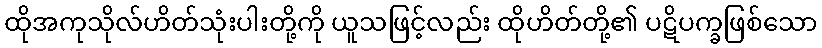
ထိုအကုသိုလ်ဟိတ်သုံးပါးတို့ကို ယူသဖြင့်လည်း ထိုဟိတ်တို့၏ ပဋိပက္ခဖြစ်သော